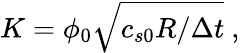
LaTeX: K=\phi_{0}\sqrt{c_{s0}R/\Delta t}~,